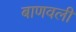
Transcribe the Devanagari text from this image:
बाणवली